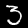
Digit: 3